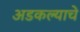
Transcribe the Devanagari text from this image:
अडकल्याचे